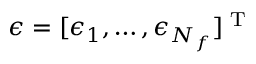
\boldsymbol { \epsilon } = [ \epsilon _ { 1 } , \dots , \epsilon _ { N _ { f } } ] ^ { \textrm { T } }